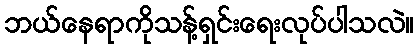
ဘယ်နေရာကိုသန့်ရှင်းရေးလုပ်ပါသလဲ။